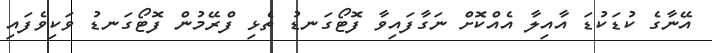
އޭނާގެ ކުޑަކުޑަ އާއިލާ އެއްކޮށް ނަގާފައިވާ ފޮޓޯގަނޑު ތެޅި ފްރޭމުން ފޮޓޯގަނޑު ވަކިވެފައި